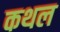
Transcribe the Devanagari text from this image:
कथल